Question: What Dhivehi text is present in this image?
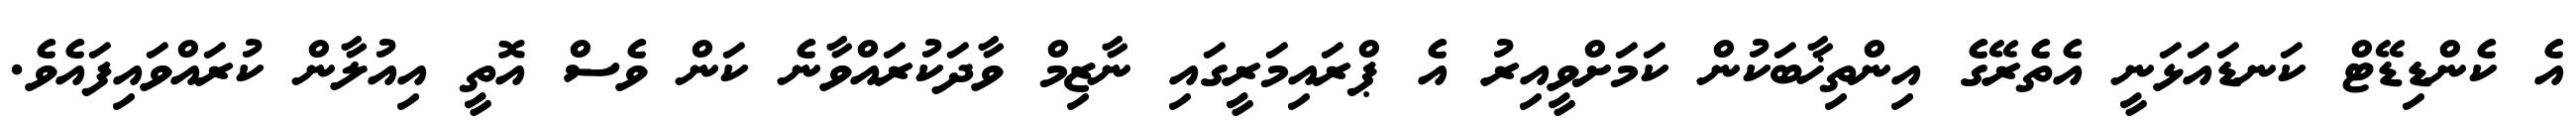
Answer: އެ ކެންޑިޑޭޓް ކަނޑައަޅަނީ އެތެރޭގެ އިންތިޚާބަކުން ކަމަށްވީއިރު އެ ޕްރައިމަރީގައި ނާޒިމް ވާދަކުރައްވާނެ ކަން ވެސް އޮތީ އިއުލާން ކުރައްވައިފައެވެ.